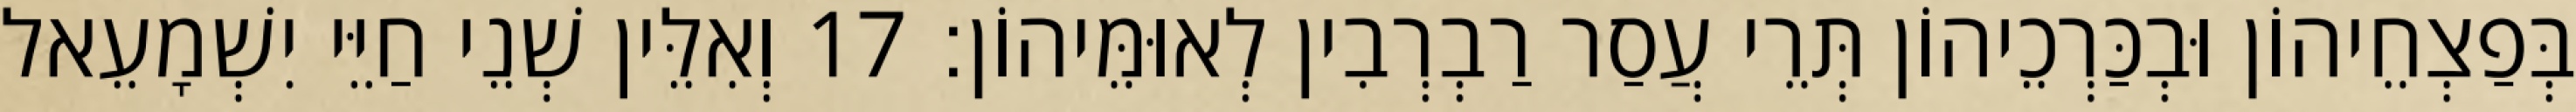
בְּפַצְחֵיהוֹן וּבְכַּרְכֵיהוֹן תְּרֵי עֲסַר רַבְרְבִין לְאוּמֵּיהוֹן׃ 17 וְאִלֵּין שְׁנֵי חַיֵּי יִשְׁמָעֵאל